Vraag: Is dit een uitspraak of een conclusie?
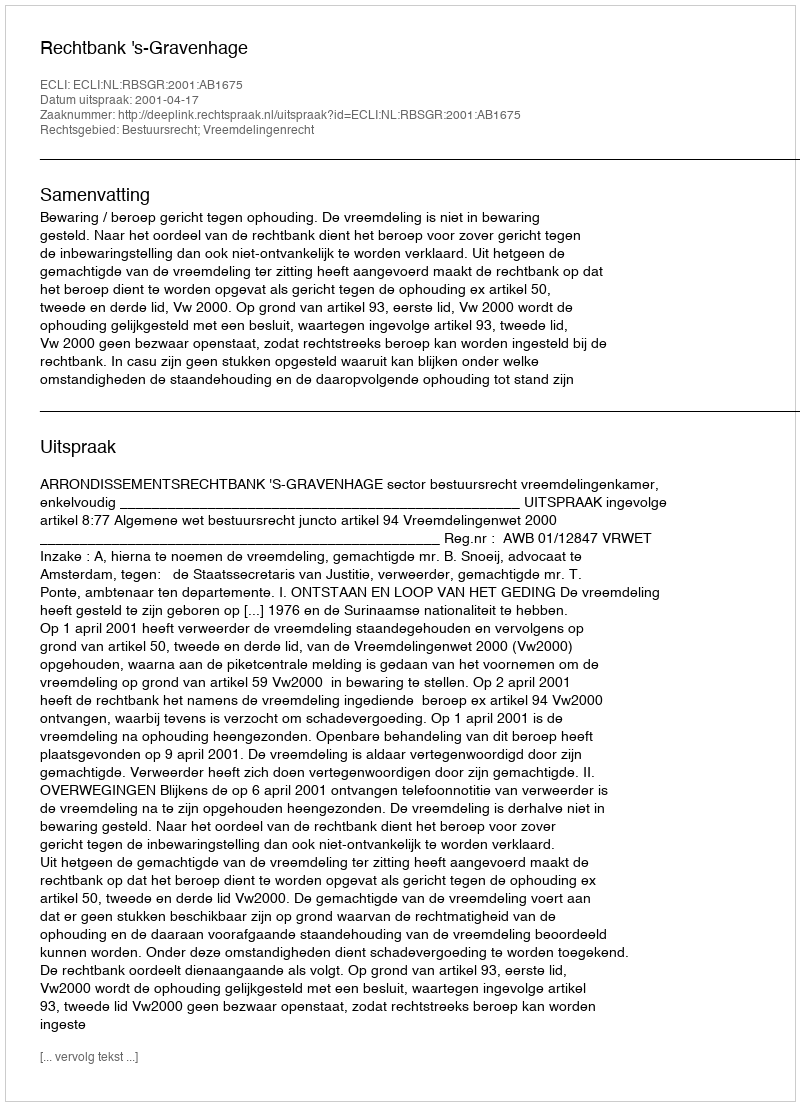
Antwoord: Uitspraak